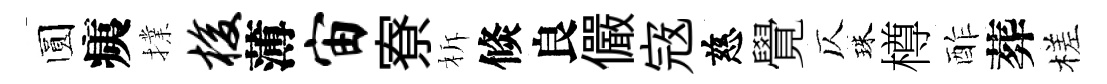
圆痍擈梭薄宙寮柝倐良儼𡨥慈覺仄珠樽酢葬槎